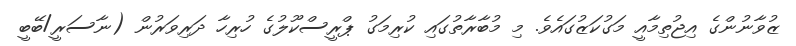
ޒުވާނުންގެ އިޖުތިމާއީ މަގުކަޒުގައެވެ. މި މުބާރާތުގައި ކުރިމަގު ޕްރީސްކޫލުގެ ހުރިހާ ދަރިވަރުން (ނާސަރީ/ބޭބީ